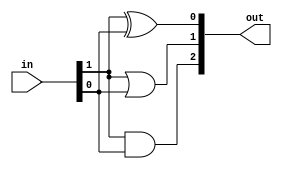
module Gates(in, out);
input [0:1] in;
output [0:2] out;

and and0(out[0], in[0], in[1]);
or or0(out[1], in[0], in[1]);
xor xor0(out[2], in[0], in[1]);

endmodule